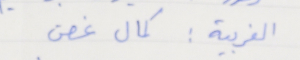
الغربية: كمال غصن